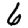
Digit: 6